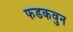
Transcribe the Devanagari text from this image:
फडकवुन